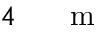
4 \ensuremath { \mathrm { ~ \textrm ~ { ~ \, ~ } ~ } } \ensuremath { \mathrm { m } }